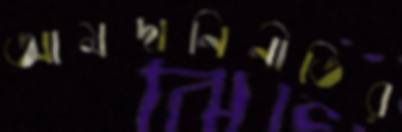
আমদানিনীতির